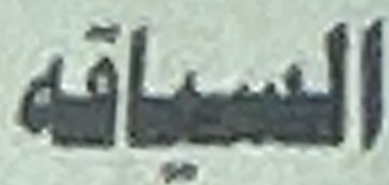
السياقه